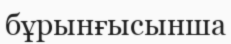
бұрынғысынша